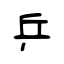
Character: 乒